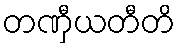
တဏှီယတီတိ